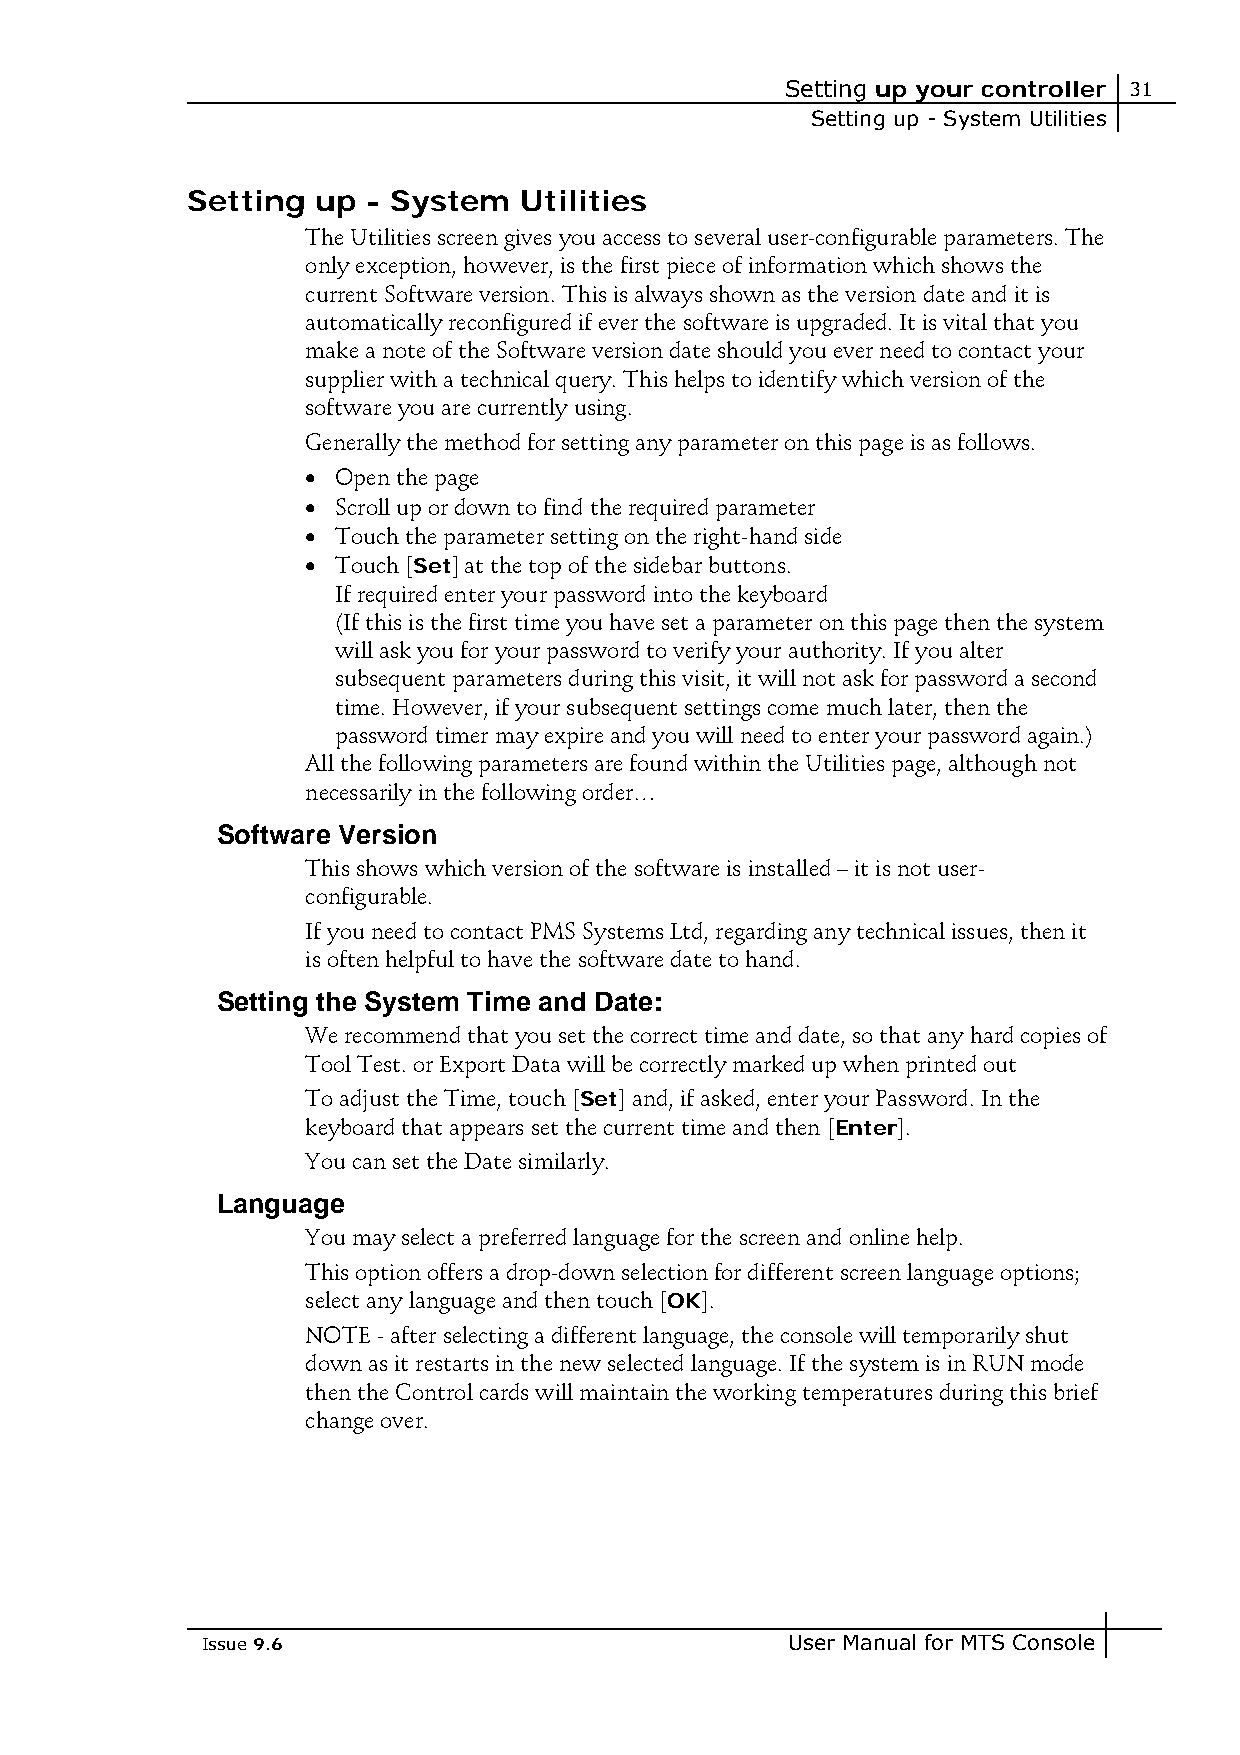
Setting up your controller 31
 Setting up - System Utilities
 Setting  up - System  Utilities
 The Utilities screen gives you access to several user-configurable parameters. The
 only exception, however, is the first piece of information which shows the
 current Software version. This is always shown as the version date and it is
 automatically reconfigured if ever the software is upgraded. It is vital that you
 make a note of the Software version date should you ever need to contact your
 supplier with a technical query. This helps to identify which version of the
 software you are currently using.
 Generally the method for setting any parameter on this page is as follows.
 • Open the page
 • Scroll up or down to find the required parameter
 • Touch the parameter setting on the right-hand side
 • Touch [Set] at the top of the sidebar buttons.
 If required enter your password into the keyboard
 (If this is the first time you have set a parameter on this page then the system
 will ask you for your password to verify your authority. If you alter
 subsequent parameters during this visit, it will not ask for password a second
 time. However, if your subsequent settings come much later, then the
 password timer may expire and you will need to enter your password again.)
 All the following parameters are found within the Utilities page, although not
 necessarily in the following order…
 Software Version
 This shows which version of the software is installed – it is not user-
 configurable.
 If you need to contact PMS Systems Ltd, regarding any technical issues, then it
 is often helpful to have the software date to hand.
 Setting the System Time and Date:
 We recommend that you set the correct time and date, so that any hard copies of
 Tool Test. or Export Data will be correctly marked up when printed out
 To adjust the Time, touch [Set] and, if asked, enter your Password. In the
 keyboard that appears set the current time and then [Enter].
 You can set the Date similarly.
 Language
 You may select a preferred language for the screen and online help.
 This option offers a drop-down selection for different screen language options;
 select any language and then touch [OK].
 NOTE - after selecting a different language, the console will temporarily shut
 down as it restarts in the new selected language. If the system is in RUN mode
 then the Control cards will maintain the working temperatures during this brief
 change over.
 Issue 9.6                              User Manual for MTS Console